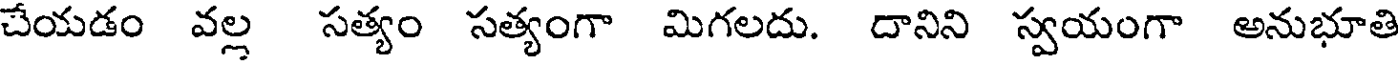
చేయడం వల్ల సత్యం సత్యంగా మిగలదు. దానిని స్వయంగా అనుభూతి